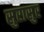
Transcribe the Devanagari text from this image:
सुरासुर